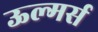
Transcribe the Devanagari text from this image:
ऊल्मर्स